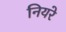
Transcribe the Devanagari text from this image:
नियरे